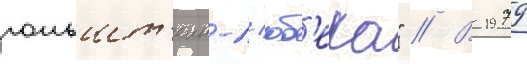
гольшт'еин-л'юб'ека" // В 1979